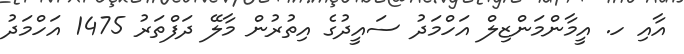
އާއި ހ. އީމާންމަންޒިލް އަހްމަދު ސައީދުގެ އިތުރުން މާލޭ ދަފްތަރު 1475 އަހްމަދު